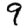
Digit: 9